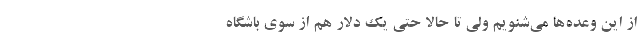
از این وعده‌ها می‌شنویم ولی تا حالا حتی یک دلار هم از سوی باشگاه